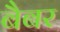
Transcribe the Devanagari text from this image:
बैबर